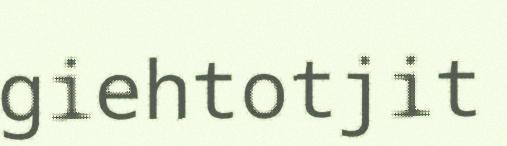
giehtotjit